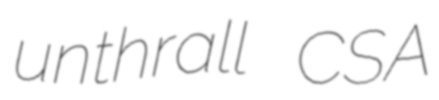
unthrall CSA